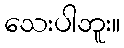
သေးပါဘူး။